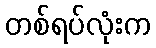
တစ်ရပ်လုံးက